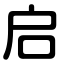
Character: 启